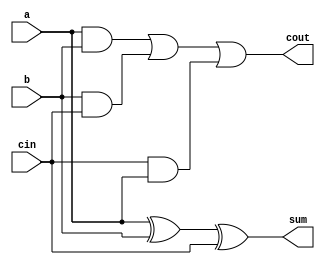
module fadd (input a, b, cin, 
             output cout, sum);
    assign cout = a&b | b&cin | cin&a;
    assign sum = a^b^cin;
endmodule

module top_module (
    input [3:0] x,
    input [3:0] y, 
    output [4:0] sum);
    
    wire [3:0]cout;
    
    fadd u0 (x[0], y[0], 1'b0, cout[0], sum[0]);
    fadd u1 (x[1], y[1], cout[0], cout[1], sum[1]);
    fadd u2 (x[2], y[2], cout[1], cout[2], sum[2]);
    fadd u3 (x[3], y[3], cout[2], cout[3], sum[3]);
    
    assign sum[4] = cout[3];

endmodule